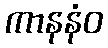
ကာနနံဝ